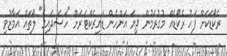
ރެކޯޑަކަށް ފަހު ރެކޯޑެއް މުގުރަމުން ދިޔަ އަންހެން ޑައިރެކްޓަރަށް "ހަސަދައިގެ" ލޯތައް އަމާޒުވި